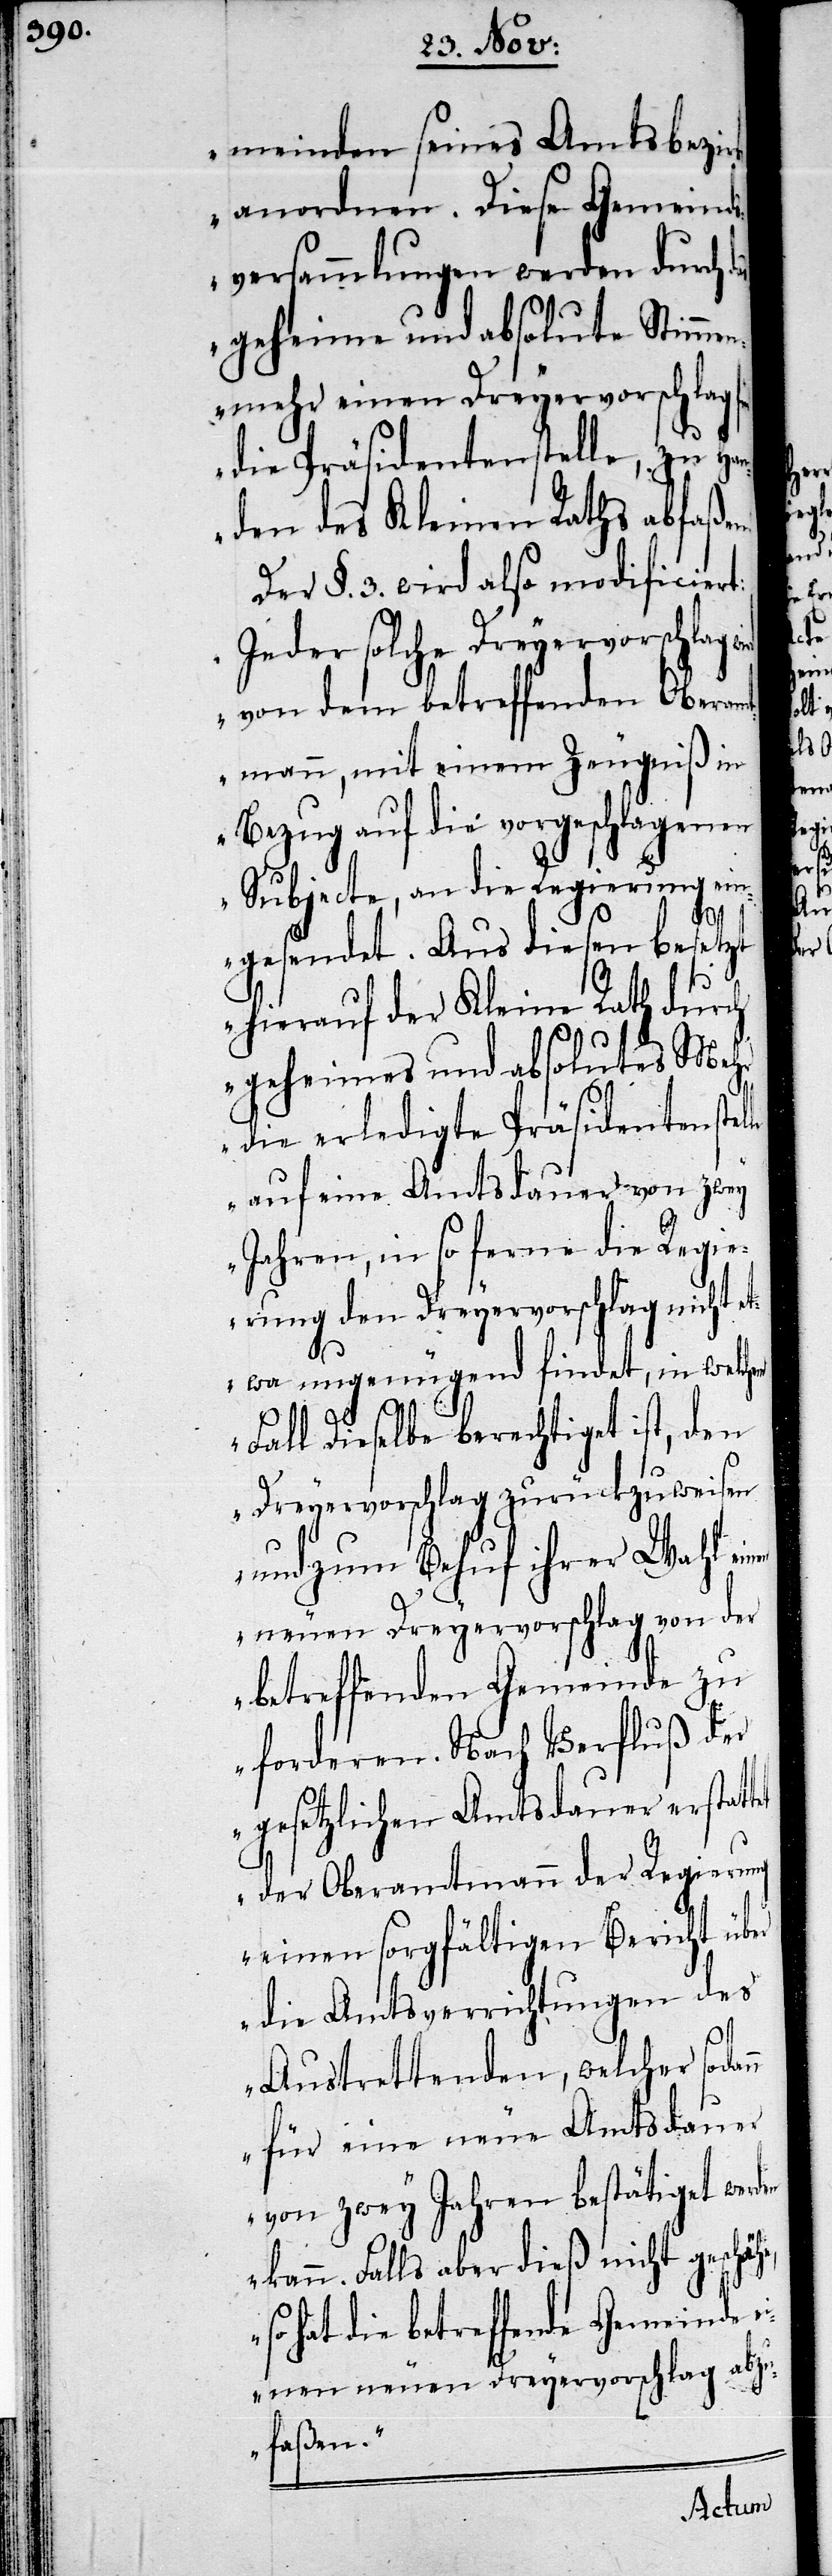
meinden seines Amtsbezir¬
anordnen. Diese Gemeind¬
sversammlungen werden durch
geheime und absolute Stimmen¬
mehr einen Dreyervorschlag
die Präsidentenstelle, zu Ha¬
nden des Kleinen Raths abfaße¬
Der §. 3. wird also modificiert:
„Jeder solche Dreyervorschlag
von dem betreffenden Oberam¬
tmann, mit einem Zeugniß in
Bezug auf die vorgeschlagenen
Subjecte, an die Regierung ein¬
gesendet. Aus diesen besetzt
tet
hierauf der Kleine Rath durch
geheimes und absolutes Meh¬
r die erledigte Präsidentenstel¬
auf eine Amtsdauer von zwey
Jahren, in so ferne die Regie¬
rung den Dreyervorschlag nicht
etwa ungenügend findet, in welchem
le
Fall Dieselbe berechtiget ist, den
Dreyervorschlag zurückzuweisen
und zum Behuf ihrer Wahl e¬
neuen Dreyervorschlag von der
betreffenden Gemeinde zu
forderen. Nach Verfluß der
gesetzlichen Amtsdauer erstat¬
der Oberamtmann der Regierung
einen sorgfältigen Bericht über
die Amtsverrichtungen des
Austrettenden, welcher sodan¬
n für eine neue Amtsdauer
von zwey Jahren bestätiget werden
kann. Falls dieß nicht geschäh¬
so hat die betreffende Gemeinde
einen neuen Dreyervorschlag abzu¬
faßen.“

e,